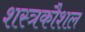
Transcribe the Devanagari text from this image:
शस्त्रकौशल